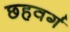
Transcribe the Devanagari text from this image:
छहवर्ग